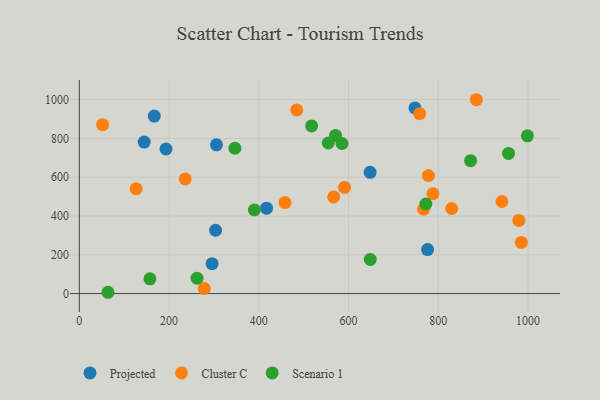
{"axis": {"x": "Speed", "y": "Sales"}, "legend": ["Cluster C", "Projected", "Scenario 1"], "data": [{"x": "193.2", "y": 745.6, "type": "Projected"}, {"x": "417.3", "y": 440.5, "type": "Projected"}, {"x": "776.1", "y": 227.2, "type": "Projected"}, {"x": "305.6", "y": 767.3, "type": "Projected"}, {"x": "303.7", "y": 326.7, "type": "Projected"}, {"x": "295.9", "y": 154.4, "type": "Projected"}, {"x": "748.0", "y": 957.1, "type": "Projected"}, {"x": "648.0", "y": 625.2, "type": "Projected"}, {"x": "167.0", "y": 915.1, "type": "Projected"}, {"x": "144.5", "y": 781.3, "type": "Projected"}, {"x": "591.1", "y": 547.4, "type": "Cluster C"}, {"x": "829.9", "y": 438.7, "type": "Cluster C"}, {"x": "484.5", "y": 946.8, "type": "Cluster C"}, {"x": "458.4", "y": 469.4, "type": "Cluster C"}, {"x": "51.9", "y": 871.0, "type": "Cluster C"}, {"x": "884.7", "y": 999.6, "type": "Cluster C"}, {"x": "941.7", "y": 474.9, "type": "Cluster C"}, {"x": "985.1", "y": 263.6, "type": "Cluster C"}, {"x": "777.9", "y": 608.7, "type": "Cluster C"}, {"x": "126.5", "y": 541.1, "type": "Cluster C"}, {"x": "979.5", "y": 377.5, "type": "Cluster C"}, {"x": "758.6", "y": 927.5, "type": "Cluster C"}, {"x": "566.9", "y": 498.4, "type": "Cluster C"}, {"x": "788.1", "y": 515.2, "type": "Cluster C"}, {"x": "278.5", "y": 26.3, "type": "Cluster C"}, {"x": "235.9", "y": 591.4, "type": "Cluster C"}, {"x": "767.2", "y": 435.1, "type": "Cluster C"}, {"x": "390.1", "y": 430.9, "type": "Scenario 1"}, {"x": "956.5", "y": 722.5, "type": "Scenario 1"}, {"x": "63.8", "y": 6.8, "type": "Scenario 1"}, {"x": "570.9", "y": 815.6, "type": "Scenario 1"}, {"x": "998.5", "y": 813.3, "type": "Scenario 1"}, {"x": "554.7", "y": 776.4, "type": "Scenario 1"}, {"x": "346.7", "y": 750.0, "type": "Scenario 1"}, {"x": "262.3", "y": 79.3, "type": "Scenario 1"}, {"x": "872.0", "y": 685.3, "type": "Scenario 1"}, {"x": "517.7", "y": 864.6, "type": "Scenario 1"}, {"x": "157.3", "y": 76.3, "type": "Scenario 1"}, {"x": "772.2", "y": 461.9, "type": "Scenario 1"}, {"x": "648.3", "y": 176.4, "type": "Scenario 1"}, {"x": "585.3", "y": 774.0, "type": "Scenario 1"}]}